65_HS1-834228961_62-HQ-83894_Section_3
Agency: FBI
Page 129
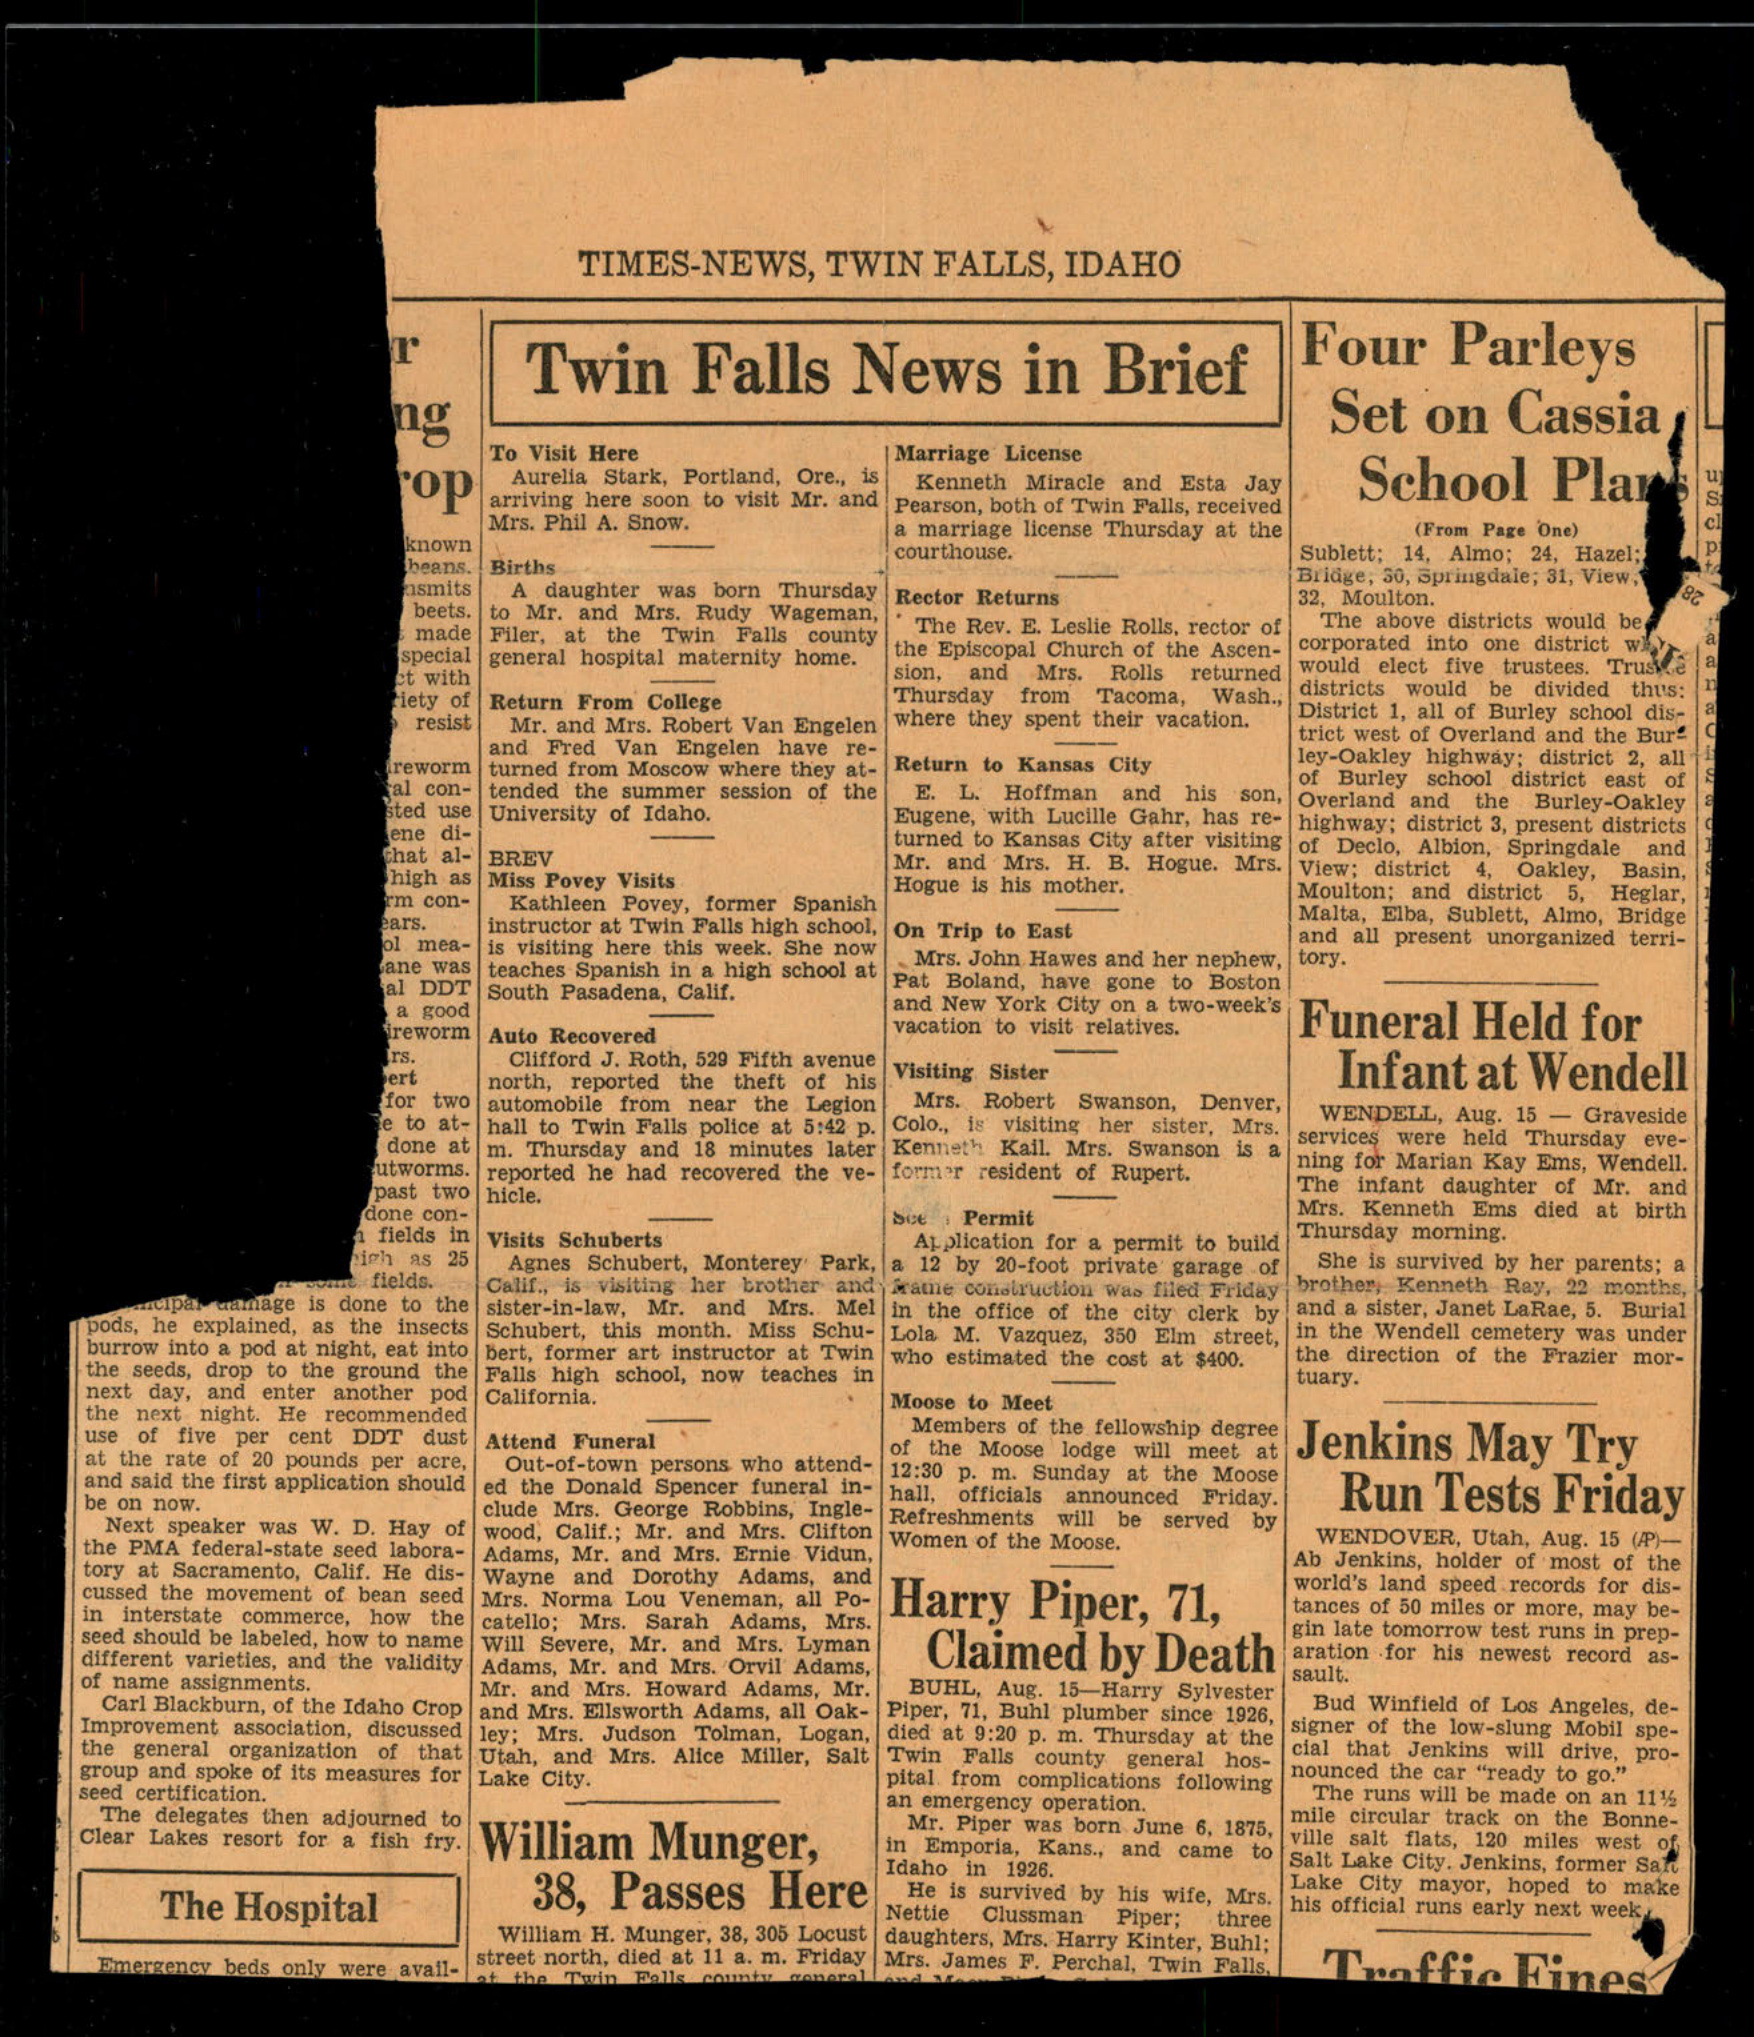